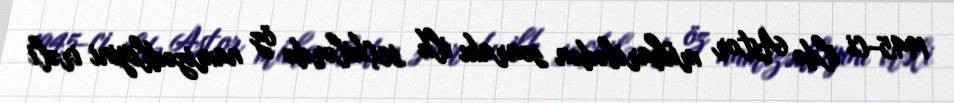
1945-ci ildə Astor müharibədən sonrakı ilk seçkilərdə öz namizədliyini irəli